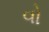
વો